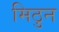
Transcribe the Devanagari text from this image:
मिठुन